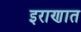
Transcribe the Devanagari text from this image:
इराणात